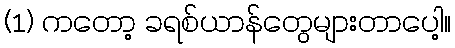
(1) ကတော့ ခရစ်ယာန်တွေများတာပေါ့။